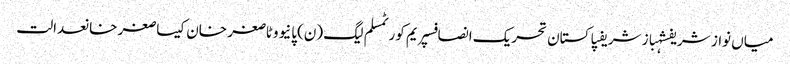
میاں نواز شریفشہباز شریفپاکستان تحریک انصافسپریم کورٹمسلم لیگ (ن)پانیووٹاصغر خان کیساصغر خانعدالت